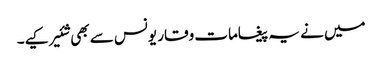
میں نے یہ پیغامات وقار یونس سے بھی شئیر کیے۔